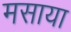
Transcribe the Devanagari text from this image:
मसाया